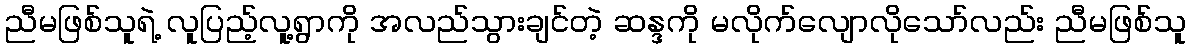
ညီမဖြစ်သူရဲ့ လူပြည့်လူ့ရွာကို အလည်သွားချင်တဲ့ ဆန္ဒကို မလိုက်လျောလိုသော်လည်း ညီမဖြစ်သူ